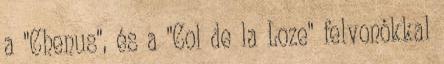
a "Chenus", és a "Col de la Loze" felvonókkal